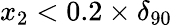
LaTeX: x_{2}<0.2\times\delta_{90}